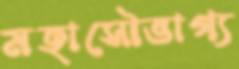
মহাসৌভাগ্য